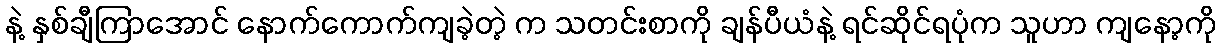
နဲ့ နှစ်ချီကြာအောင် နောက်ကောက်ကျခဲ့တဲ့ က သတင်းစာကို ချန်ပီယံနဲ့ ရင်ဆိုင်ရပုံက သူဟာ ကျနော့ကို